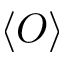
\langle O \rangle